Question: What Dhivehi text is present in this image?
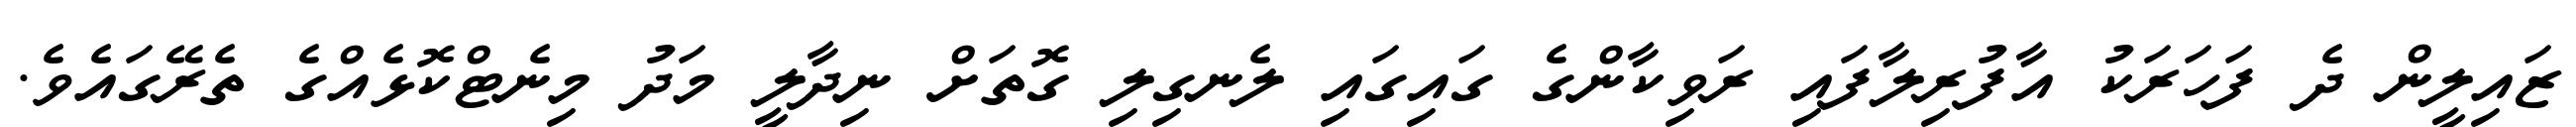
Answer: ޒައިލީން ދެ ފަހަރަކު އާފުރިލާފައި ރަވިކާންގެ ގައިގައި ލެނގިލި ގޮތަށް ނިދާލީ މަދު މިނެޓްކޮޅެއްގެ ތެރޭގައެވެ.